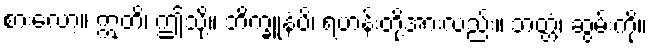
စားလော့။ ဣတိ၊ ဤသို့။ ဘိက္ခူနံပိ၊ ရဟန်းတို့အားလည်း။ ဘတ္တံ၊ ဆွမ်းကို။